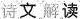
诗文解读